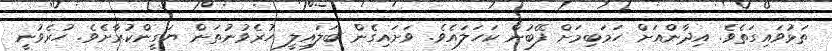
ތަޅުވައިގަތެވެ. އިދާންއަށް ހަމަބިމަށް ފޭބުން ކަހަލައެވެ. ވަށައިގެން ބަލައިލީ ހުރެވުނުތަން ޔަގީންކުރާށެވެ. ހުރެވުނީ